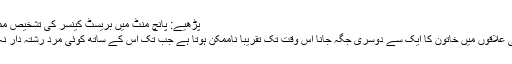
پڑھیے: پانچ منٹ میں بریسٹ کینسر کی تشخیص ممکن
دیہی علاقوں میں خاتون کا ایک سے دوسری جگہ جانا اس وقت تک تقریباً ناممکن ہوتا ہے جب تک اس کے ساتھ کوئی مرد رشتہ دار نہ ہو۔